system: You are a helpful assistant.
user:
Analyze the provided spectrum to determine if it is a **M-type Giant (gM)**.

A M-type Giant spectrum is defined by its **strong molecular absorption** features, particularly from **Titanium Oxide (TiO)**. You must check for one of the following mutually exclusive signatures:

- **Key Visual Indicators (Absorption-Dominated Spectrum):**

    - **(Primary):** The spectrum is dominated by strong molecular absorption from **Titanium Oxide (TiO)**. This is the **defining feature** of its M-type temperature class.
        - **(Key Bandheads):** Look for sharp, "saw-tooth" absorption valleys. The strongest are located near **~7050 Å**, **~6160 Å**, and **~5170 Å**.
        - **(Line Profile):** The "saw-tooth" morphology is critical: a **sharp, steep drop on the BLUE (short-wavelength) side** of the bandhead, followed by a gradual recovery (rising flux) towards the RED (long-wavelength) side.

    - **(Key Confirmation - Giant vs. Dwarf):** **ABSENCE** of strong **Calcium Hydride (CaH)** molecular bands. This is the primary diagnostic for *excluding* M-dwarfs.
        - **(Key Region):** The spectrum should lack the strong, broad absorption band seen in dwarfs between **~6800 Å and ~7000 Å**.

    - **(Secondary Confirmation - Giant):** A very strong and broad **Neutral Calcium (Ca I)** atomic absorption line.
        - **(Key Line):** Located at **~4226 Å**. In a giant (gM), this line is significantly deeper and broader than the same line in an M-dwarf (dM) due to low surface gravity.

    - **(Overall Spectrum):**
        - The continuum is **extremely red-sloping** (i.e., flux is very low in the blue and rises dramatically towards the red).
        - The entire spectrum appears "chopped up" by the deep TiO bands.

Think first, call **spectral_visualization_tool** if needed to examine features in detail, then provide your final answer. Your response must adhere to the following strict rules:
1.  **Overall Structure:** Your response must follow the format `<think>...</think> <tool_call>...</tool_call> (if a tool is used) <answer>...</answer>`.
2.  **Tool Usage Constraint:** You may only make **one** tool call per turn.
3.  **Final Answer Format:** In the `<answer>` tag, your conclusion must be inside a `\boxed{}` command (e.g., `\boxed{YES}` or `\boxed{NO}`), followed by your justification.

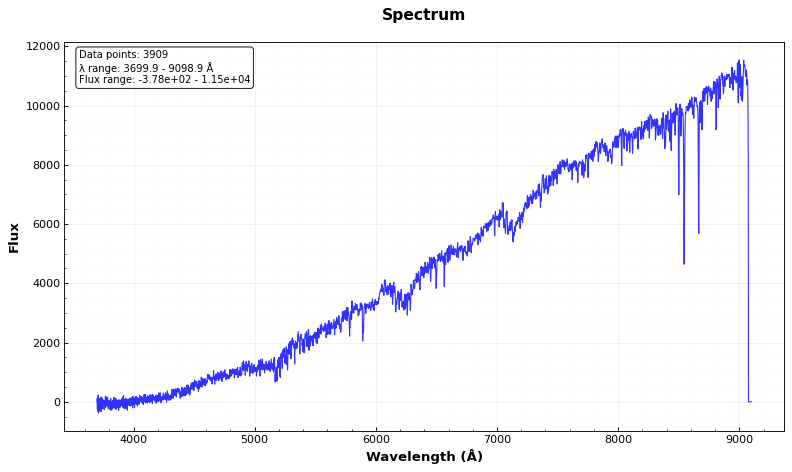
Answer: YES